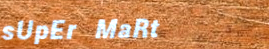
sUpEr MaRt